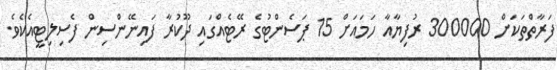
ފަރާތްތަކަށް 300000 ރުފިޔާއާ ހަމައަށް 15 ޕަސެންޓުގެ ރޭޓެއްގައި ދޫކުރާ ފައިނޭންސިން ފެސިލިޓީއެކެވެ.